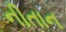
નીતાન